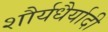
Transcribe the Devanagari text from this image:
शौर्यधैर्यादी